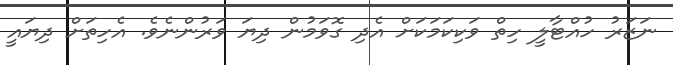
ނަޒަރު ހުއްޓާލީ ހިތް ވަކިކަމަކަށް އެދި ގޮވަމުން ދިޔަ ވަރުންނެވެ. އެހިތަށް ދިޔައީ